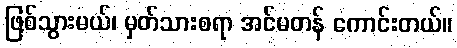
ဖြစ်သွားမယ်၊ မှတ်သားစရာ အင်မတန် ကောင်းတယ်။